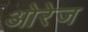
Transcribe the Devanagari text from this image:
ओरेज